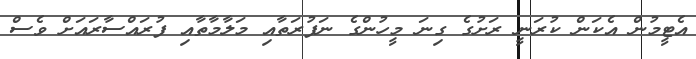
އެޓީމުން އެކަން ކުރަނީ ރަށުގެ ގިނަ މީހުންގެ ނަފުރަތާއި މަލާމާތާއި ފުރައްސާރައަށް ވެސް